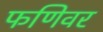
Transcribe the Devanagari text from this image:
फणिवर